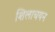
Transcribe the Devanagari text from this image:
शिलाचयन